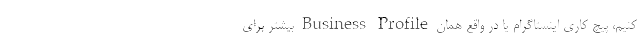
کنیم، پیچ کاری اینستاگرام یا در واقع همان Business Profile بیشتر برای